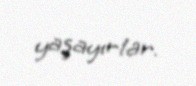
yaşayırlar.